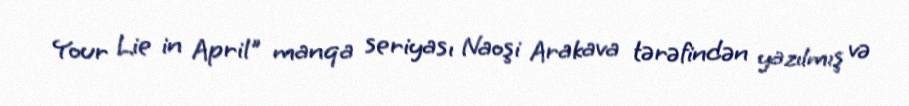
Your Lie in April" manqa seriyası Naoşi Arakava tərəfindən yazılmış və